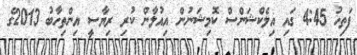
ފަތިހު 4:45 ގައި އިލެކްޝަންސް ކޮމިޝަނުން އިއުލާން ކުރި ރިޔާސީ އިންތިހާބު 2013ގެ